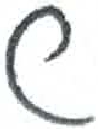
אות: ש